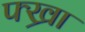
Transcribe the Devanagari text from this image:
फ्ख्रा